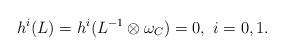
LaTeX: \begin{align*}h^i(L)=h^i(L^{-1}\otimes\omega_C)=0,\ i=0,1.\end{align*}